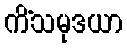
ကိံသမုဒယာ